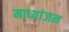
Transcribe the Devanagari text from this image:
माध्यांजन